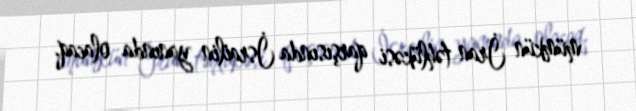
mümkün İran təhlükəsi qarşısında İsrailin yanında olacaq.